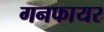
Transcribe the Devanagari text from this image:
गनफायर